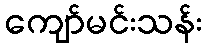
ကျော်မင်းသန်း